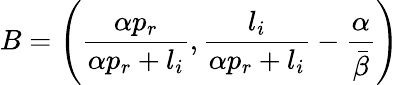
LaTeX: B=\left(\frac{\alpha p_{r}}{\alpha p_{r}+l_{i}},\frac{l_{i}}{\alpha p_{r}+l_{i}}-\frac{\alpha}{\bar{\beta}}\right)